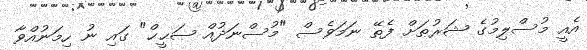
އެއީ މުސްލިމުގެ ޝަރުޠަށް ފެތޭ ނަމަވެސް "މުސްނަދުއް ޞަޙީޙް" ގައި ނު ހިމަނުއްވާ